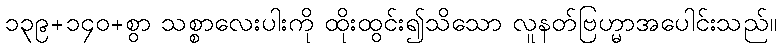
၁၃၉+၁၄၀+စွာ သစ္စာလေးပါးကို ထိုးထွင်း၍သိသော လူနတ်ဗြဟ္မာအပေါင်းသည်။